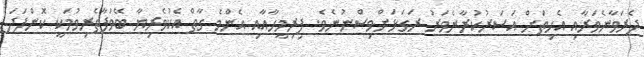
ދެރަވާނެވަރާއި އެހިތަށް އަސަރުކުރާނެވަރު ރަގަޅަށްވިސްނުނެވެ. ފިރިމީހާއާއި އެންމެ ގާތް އެކުވެރިޔާ ބޭވަފާތެރިވުމަކީ ކޮންފަދަ